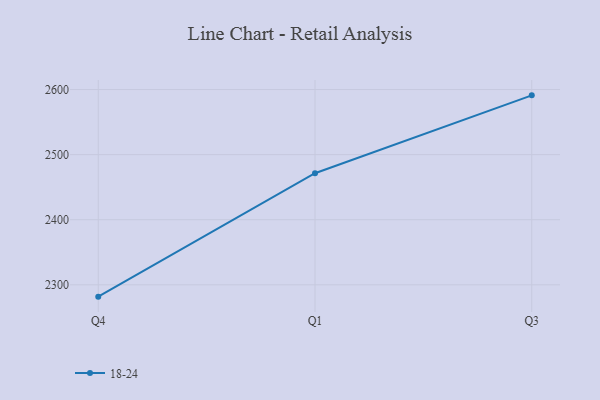
{"axis": {"x": "Quarter", "y": "Satisfaction Score"}, "legend": ["18-24"], "data": [{"x": "Q4", "y": 2281.8, "type": "18-24"}, {"x": "Q1", "y": 2471.4, "type": "18-24"}, {"x": "Q3", "y": 2591.1, "type": "18-24"}]}